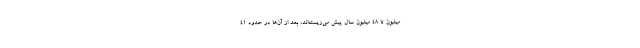
میلیون تا ۴۸ میلیون سال پیش می‌زیسته‌اند، بعد از آن‌ها در حدود ۴۱